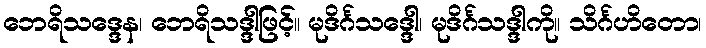
ဘေရိသဒ္ဒေန၊ ဘေရိသဒ္ဒါဖြင့်။ မုဒိင်္ဂသဒ္ဒေါ၊ မုဒိင်္ဂသဒ္ဒါကို။ သိင်္ဂဟိတော၊